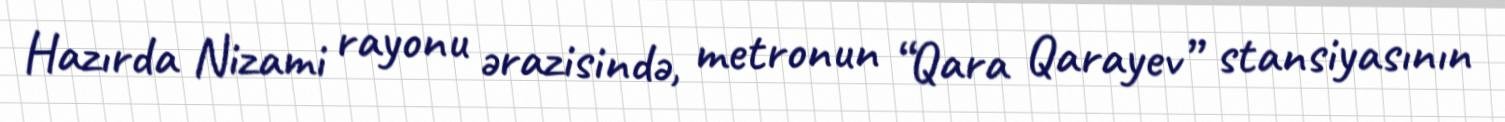
Hazırda Nizami rayonu ərazisində, metronun “Qara Qarayev” stansiyasının